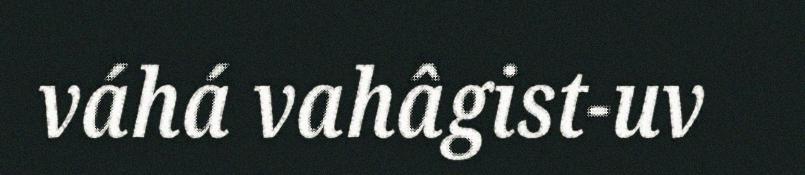
váhá vahâgist-uv